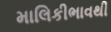
માલિકીભાવથી